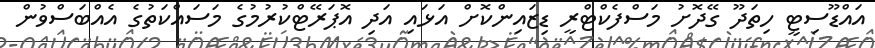
އައްޑޫސިޓީ ހިތަދޫ ގޭދޮށު މަސްފެކްޓްރީ ޑިޒައިންކޮށް އަޅައި އަދި އޮޕަރޭޓްކުރުމުގެ މަސައްކަތުގެ އެއްބަސްވުން